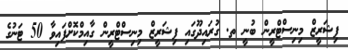
ފިޝަރީޒް މިނިސްޓްރީން ބުނީ ތ. ގުރައިދޫގައި ފިޝަރީޒް މިނިސްޓްރީން ގާއިމްކޮށްފައިވާ 50 ޓަނުގެ